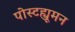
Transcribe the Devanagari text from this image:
पोस्टह्यूमन